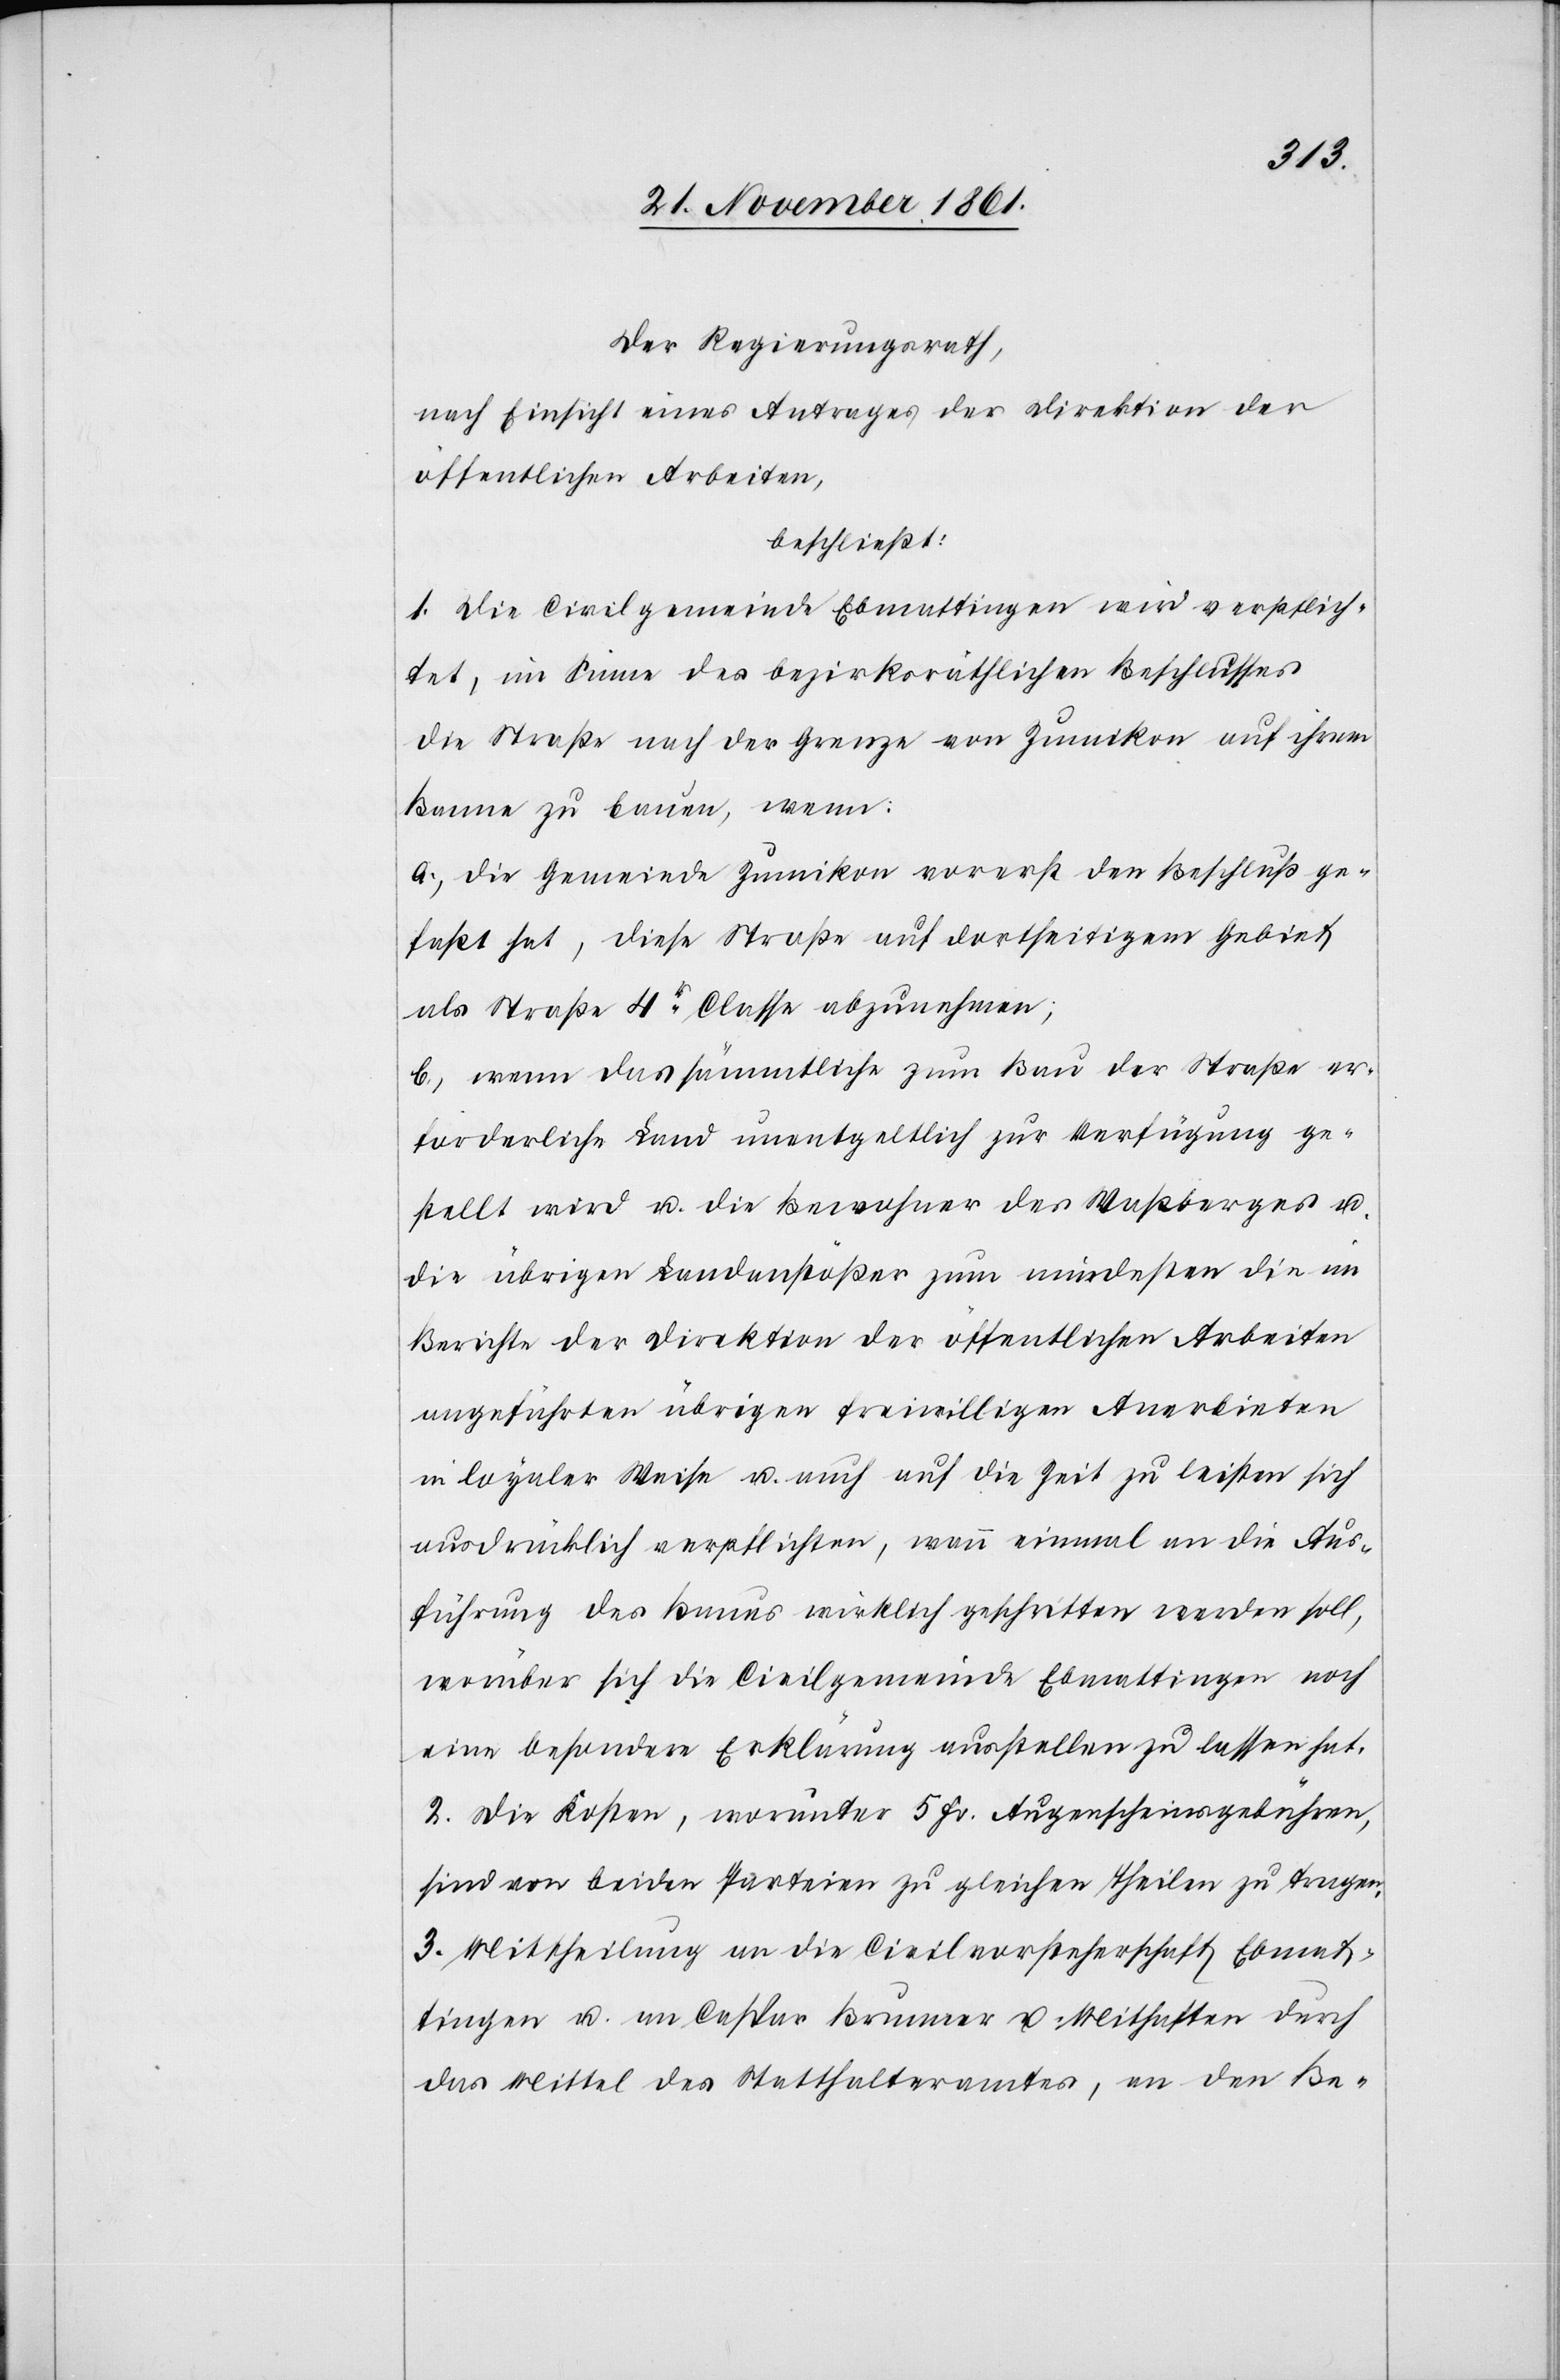
Der Regierungsrath,
nach Einsicht eines Antrages der Direktion der
öffentlichen Arbeiten,
beschließt:
1. Die Civilgemeinde Ebmattingen wird verpflich¬
tet, im Sinne des bezirksräthlichen Beschlusses
die Straße nach der Grenze von Zumikon auf ihrem
Banne zu bauen, wenn:
a. die Gemeinde Zumikon vorerst den Beschluß ge¬
faßt hat, diese Straße auf dortseitigem Gebiet
als Straße 4r Classe abzunehmen;
b. wenn das sämmtliche zum Bau der Straße er¬
forderliche Land unentgeltlich zur Verfügung ge¬
stellt wird u. die Bewohner des Waßberges u.
die übrigen Landanstößer zum mindesten die im
Berichte der Direktion der öffentlichen Arbeiten
angeführten übrigen freiwilligen Anerbieten
in loyaler Weise u. auch auf die Zeit zu leisten sich
ausdrücklich verpflichten, wann einmal an die Aus¬
führung des Baues wirklich geschritten werden soll,
worüber sich die Civilgemeinde Ebmattingen noch
eine besondere Erklärung austellen zu lassen hat.
2. Die Kosten, worunter 5 Fr. Augenscheinsgebühren,
sind von beiden Parteien zu gleichen Theilen zu tragen.
3. Mittheilung an die Civilvorsteherschaft Ebmat¬
tingen u. an Caspar Brunner u. Mithaften durch
das Mittel des Statthalteramtes, an den Be-